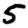
Digit: 5